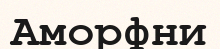
Аморфни